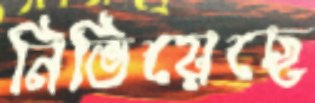
নিভিয়েছে